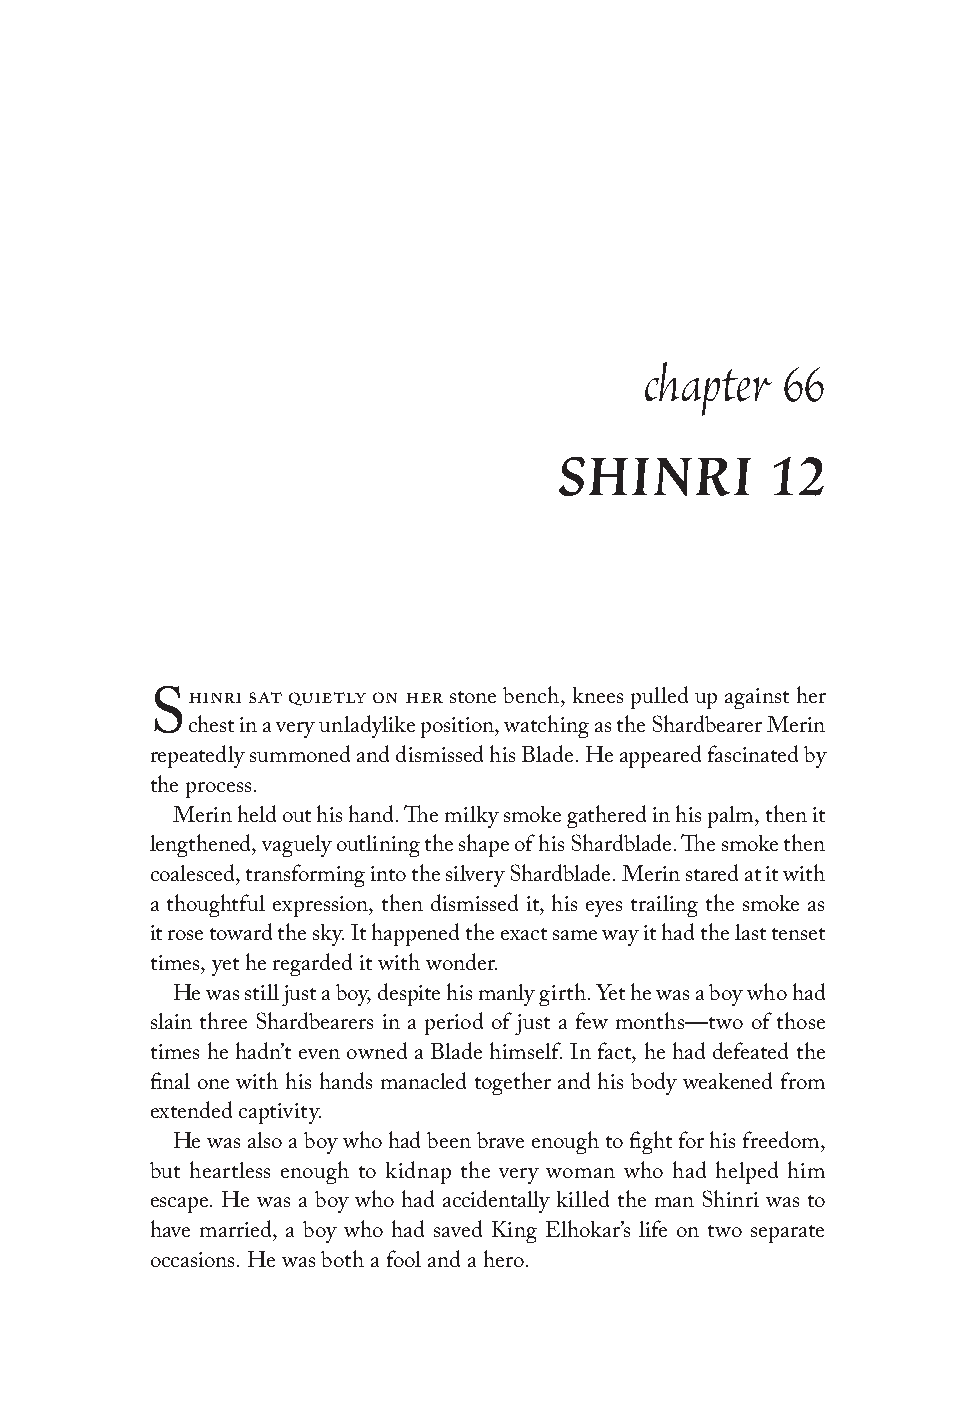
chapter  66
 SHINRI        12
 hinri sat quietly on her stone bench, knees pulled up against her
 S
 chest in a very unladylike position, watching as the Shardbearer Merin
 repeatedly summoned and dismissed his Blade. He appeared fascinated by
 the process.
 Merin held out his hand. The milky smoke gathered in his palm, then it
 lengthened, vaguely outlining the shape of his Shardblade. The smoke then
 coalesced, transforming into the silvery Shardblade. Merin stared at it with
 a thoughtful expression, then dismissed it, his eyes trailing the smoke as
 it rose toward the sky. It happened the exact same way it had the last tenset
 times, yet he regarded it with wonder.
 He was still just a boy, despite his manly girth. Yet he was a boy who had
 slain three Shardbearers in a period of just a few months—two of those
 times he hadn’t even owned a Blade himself. In fact, he had defeated the
 final one with his hands manacled together and his body weakened from
 extended captivity.
 He was also a boy who had been brave enough to fight for his freedom,
 but heartless enough to kidnap the very woman who had helped him
 escape. He was a boy who had accidentally killed the man Shinri was to
 have married, a boy who had saved King Elhokar’s life on two separate
 occasions. He was both a fool and a hero.